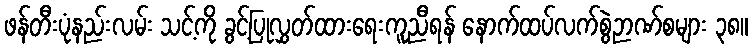
ဖန်တီးပုံနည်းလမ်း သင့်ကို ခွင့်ပြုလွှတ်ထားရေးကူညီရန် နောက်ထပ်လက်စွဲဉာဏ်စများ ၃၈။